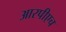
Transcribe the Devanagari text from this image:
आरपीएच